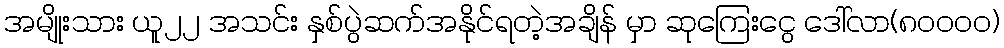
အမျိုးသား ယူ၂၂ အသင်း နှစ်ပွဲဆက်အနိုင်ရတဲ့အချိန် မှာ ဆုကြေးငွေ ဒေါ်လာ(၈၀၀၀၀)